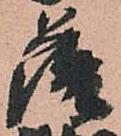
薩